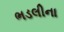
ભડલીના